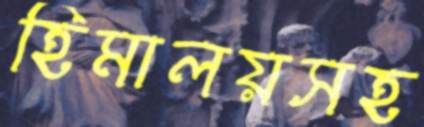
হিমালয়সহ